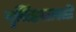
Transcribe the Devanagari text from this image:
नृसिंहशास्त्री